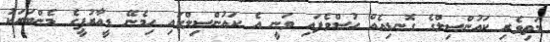
މަތިވެރި ކައުންސިލްގެ ގޮނޑިއެއް ހުސްވެފައި ވަނީ އެ ކައުންސިލްގައި ހިމެނޭ ޑީއާރުޕީގެ މެންބަރަކު